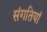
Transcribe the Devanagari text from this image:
संगतियां